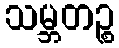
သမ္ဘတဉ္စ